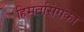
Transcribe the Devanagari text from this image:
हिमतसिंगका